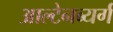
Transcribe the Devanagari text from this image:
आल्टेनब्यर्ग